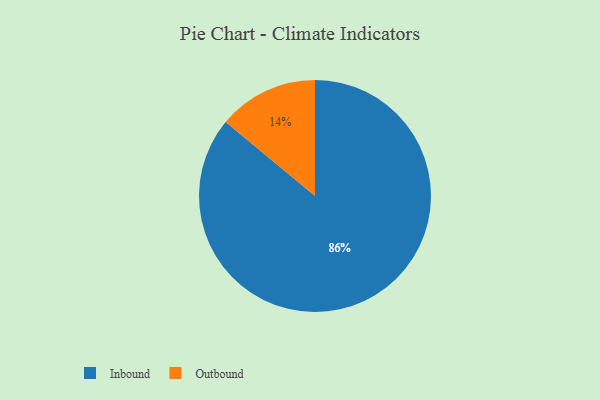
{"axis": {"x": "Category", "y": "Percentage"}, "legend": ["Inbound", "Outbound"], "data": [{"x": "Outbound", "y": 14, "type": "Outbound"}, {"x": "Inbound", "y": 86, "type": "Inbound"}]}